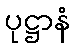
ပုဋ္ဌာနံ